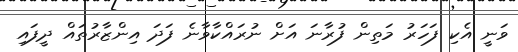
ވަނީ އެކި ފަހަރު މަތިން ފުރާނަ އަށް ނުރައްކާވާނެ ފަދަ އިންޒާރުތައް ދީފައި